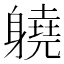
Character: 𨊅